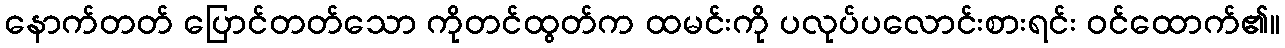
နောက်တတ် ပြောင်တတ်သော ကိုတင်ထွတ်က ထမင်းကို ပလုပ်ပလောင်းစားရင်း ဝင်ထောက်၏။